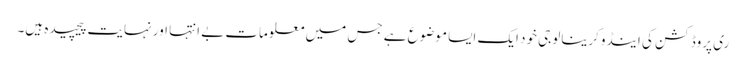
ری پروڈکشن کی اینڈوکرینالوجی خود ایک ایسا موضوع ہے جس میں‌ معلومات بے انتہا اور نہایت پیچیدہ ہیں‌۔